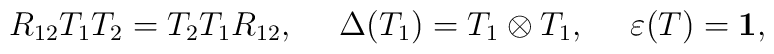
R_{12}T_1T_2=T_2T_1R_{12},\ \ \ \ \Delta (T_1)=T_1\otimes T_1, \ \ \ \ \varepsilon (T)={\bf 1},